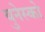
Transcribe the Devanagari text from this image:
युनेस्‍को